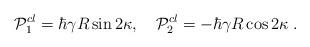
LaTeX: \begin{align*}{\cal P}_{1}^{cl}=\hbar \gamma R\sin 2\kappa ,\quad {\cal P}_{2}^{cl}=-\hbar\gamma R\cos 2\kappa \;. \end{align*}